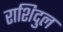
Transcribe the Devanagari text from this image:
राशिदुल